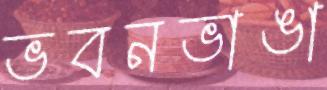
ভবনভাঙা